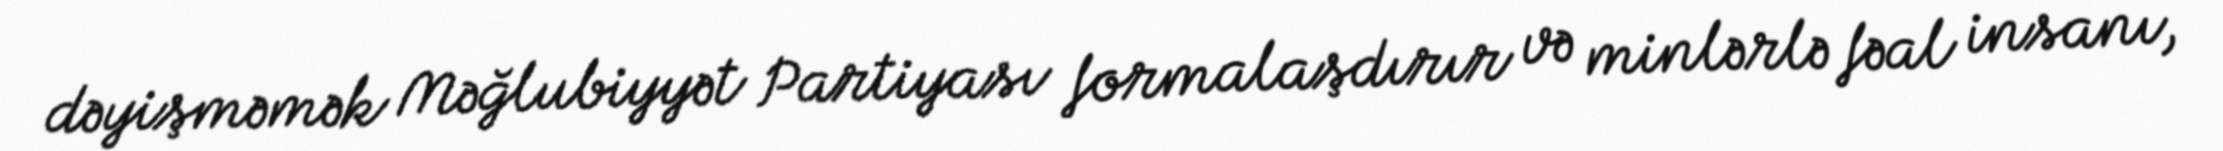
dəyişməmək Məğlubiyyət Partiyası formalaşdırır və minlərlə fəal insanı,